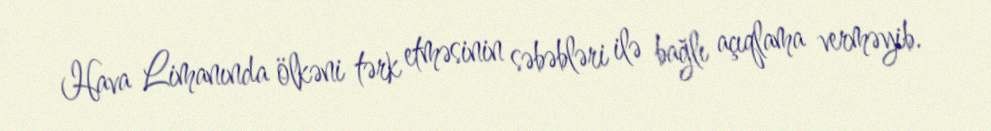
Hava Limanında ölkəni tərk etməsinin səbəbləri ilə bağlı açıqlama verməyib.